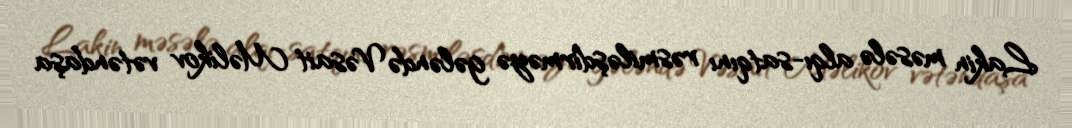
Lakin məsələ alqı-satqını rəsmiləşdirməyə gələndə Vəsait Məlikov vətəndaşa